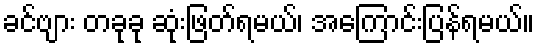
ခင်ဗျား တခုခု ဆုံးဖြတ်ရမယ်၊ အကြောင်းပြန်ရမယ်။